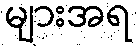
များအရ